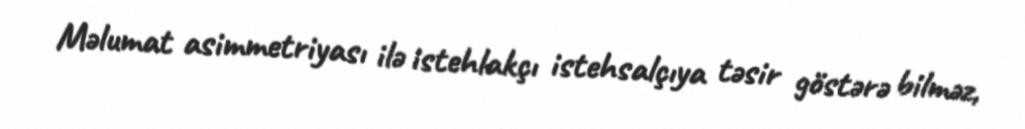
Məlumat asimmetriyası ilə istehlakçı istehsalçıya təsir göstərə bilməz,